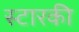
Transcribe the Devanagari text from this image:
स्टारकी